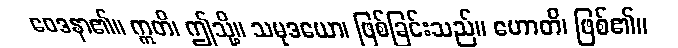
ဝေဒနာ၏။ ဣတိ၊ ဤသို့။ သမုဒယော၊ ဖြစ်ခြင်းသည်။ ဟောတိ၊ ဖြစ်၏။